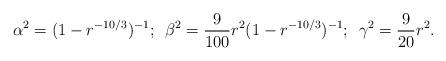
LaTeX: \begin{align*}\alpha^2 = (1-r^{-10/3})^{-1}; \hspace{2mm} \beta^2 = \frac{9}{100}r^2 (1-r^{-10/3})^{-1}; \hspace{2mm} \gamma^2 = \frac{9}{20} r^2.\end{align*}